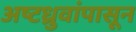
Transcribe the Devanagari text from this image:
अष्टध्रुवांपासून